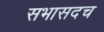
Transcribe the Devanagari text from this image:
सभासदच